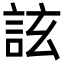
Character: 詃